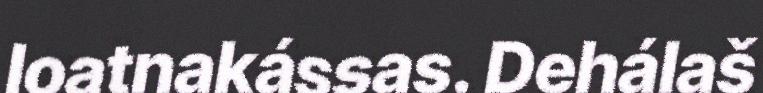
loatnakássas. Dehálaš